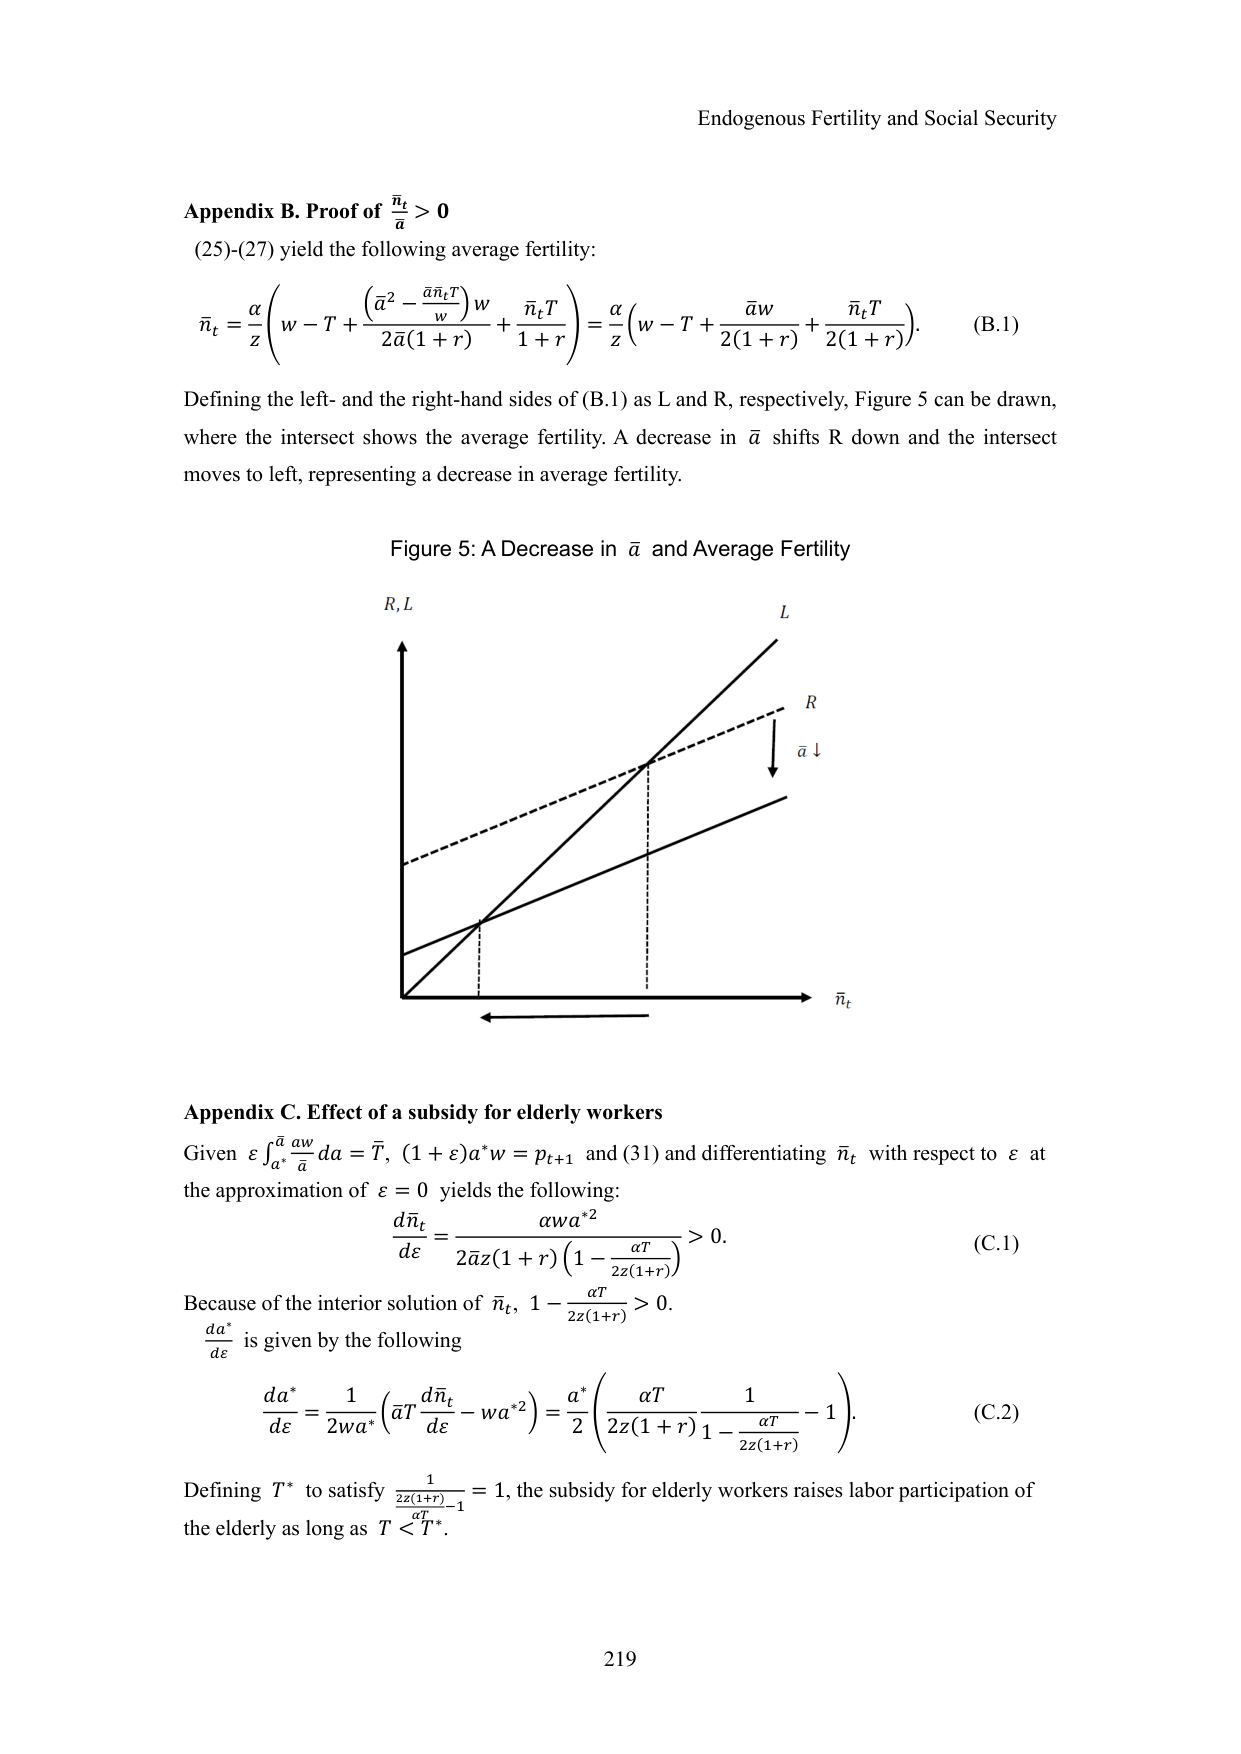
Endogenous Fertility and Social Security

Appendix B. Proof of $\frac{\bar{n}_t}{a} > 0$

(25)-(27) yield the following average fertility:

$\bar{n}_t = \frac{\alpha}{z} \left( w - T + \frac{ \left( \bar{a}^2 - \frac{\bar{a} \bar{n}_t T}{w} \right) w }{2 \bar{a} (1 + r)} + \frac{\bar{n}_t T}{1 + r} \right) = \frac{\alpha}{z} \left( w - T + \frac{\bar{a} w}{2 (1 + r)} + \frac{\bar{n}_t T}{2 (1 + r)} \right). \quad \text{(B.1)}$

Defining the left- and the right-hand sides of (B.1) as L and R, respectively, Figure 5 can be drawn, where the intersect shows the average fertility. A decrease in $\bar{a}$ shifts R down and the intersect moves to left, representing a decrease in average fertility.

Figure 5: A Decrease in $\bar{a}$ and Average Fertility

$R, L$

$L$

$R$

$\bar{a} \downarrow$

$\bar{n}_t$

Appendix C. Effect of a subsidy for elderly workers

Given $\varepsilon \int_{a^*}^{\bar{a}} \frac{a w}{\bar{a}} da = \bar{T}$, $(1 + \varepsilon) a^* w = p_{t+1}$ and (31) and differentiating $\bar{n}_t$ with respect to $\varepsilon$ at the approximation of $\varepsilon = 0$ yields the following:

$\frac{d \bar{n}_t}{d \varepsilon} = \frac{a w {a^*}^2}{2 \bar{a} z (1 + r) \left( 1 - \frac{\alpha T}{2 z (1 + r)} \right)} > 0. \quad \text{(C.1)}$

Because of the interior solution of $\bar{n}_t$, $1 - \frac{\alpha T}{2 z (1 + r)} > 0$.

$\frac{d a^*}{d \varepsilon}$ is given by the following

$\frac{d a^*}{d \varepsilon} = \frac{1}{2 w a^*} \left( \bar{a} T \frac{d \bar{n}_t}{d \varepsilon} - w {a^*}^2 \right) = \frac{a^*}{2} \left( \frac{\alpha T}{2 z (1 + r)} \frac{1}{1 - \frac{\alpha T}{2 z (1 + r)}} - 1 \right). \quad \text{(C.2)}$

Defining $T^*$ to satisfy $\frac{1}{\frac{\alpha T}{2 z (1 + r)} - 1} = 1$, the subsidy for elderly workers raises labor participation of the elderly as long as $T < T^*$.

219